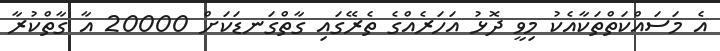
އެ މަސައްކަތްތަކާއެކު މިވީ ދޮޅު އަހަރެއްގެ ތެރޭގައި ގާތްގަނޑަކަށް 20000 އާ ގާތްކުރާ